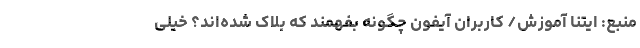
منبع: ایتنا آموزش/ کاربران آیفون چگونه بفهمند که بلاک شده‌اند؟ خیلی